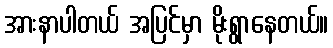
အားနာပါတယ် အပြင်မှာ မိုးရွာနေတယ်။